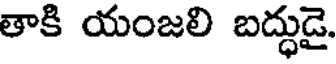
తాకి యంజలి బద్ధుడై.